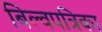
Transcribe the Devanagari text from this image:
बिल्वपत्रिका